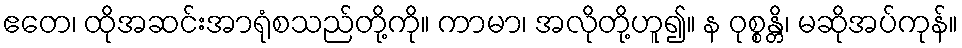
ဧတေ၊ ထိုအဆင်းအာရုံစသည်တို့ကို။ ကာမာ၊ အလိုတို့ဟူ၍။ န ဝုစ္စန္တိ၊ မဆိုအပ်ကုန်။